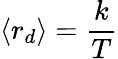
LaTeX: \langle r_{d}\rangle=\frac{k}{T}